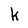
Character: k